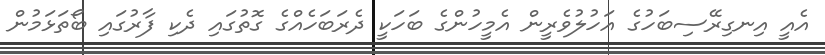
އެއީ އިނގިރޭސިބަހުގެ އަހުލުވެރީން އެމީހުންގެ ބަހަކީ ދެރަބަހެއްގެ ގޮތުގައި ދެކި ފާރުގައި ބޯތަޅަމުން